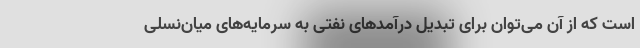
است که از آن می‌توان برای تبدیل درآمدهای نفتی به سرمایه‌های میان‌نسلی